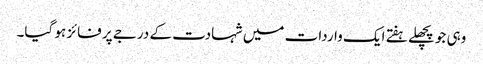
وہی جو پچھلے ہفتے ایک واردات میں شہادت کے درجے پر فائز ہو گیا۔